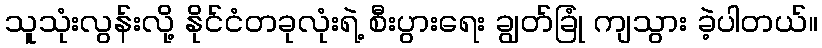
သူသုံးလွန်းလို့ နိုင်ငံတခုလုံးရဲ့ စီးပွားရေး ချွတ်ခြုံ ကျသွား ခဲ့ပါတယ်။